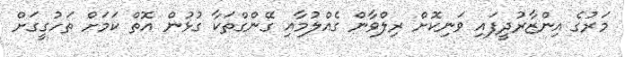
މަރުގެ އިންޒާރުދީފައި ވަނިކޮށް ރިލްވާން ގެއްލުމާއި ގޭންގްތަކާ ގުޅުން އޮތް ކަމަށް ތަހުގީގަށް